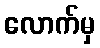
လောက်မှ